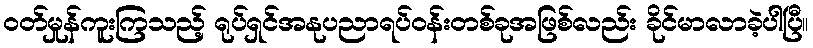
ဝတ်မှုန်ကူးကြသည့် ရုပ်ရှင်အနုပညာရပ်ဝန်းတစ်ခုအဖြစ်လည်း ခိုင်မာလာခဲ့ပါပြီ။